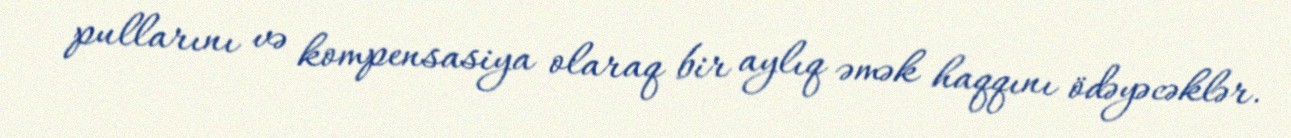
pullarını və kompensasiya olaraq bir aylıq əmək haqqını ödəyəcəklər.